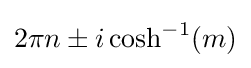
{\textstyle 2\pi n\pm i\cosh ^{-1}(m)}